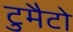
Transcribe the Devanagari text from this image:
टुमैटो